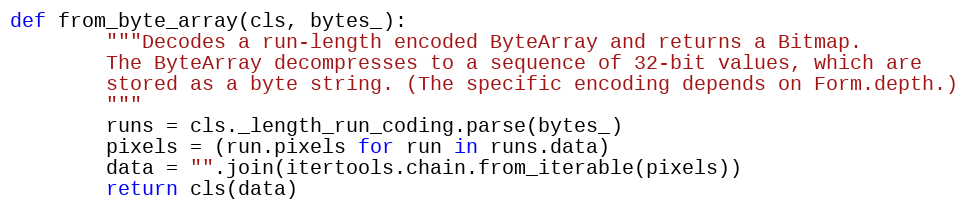
Language: Python
def from_byte_array(cls, bytes_):
        """Decodes a run-length encoded ByteArray and returns a Bitmap.
        The ByteArray decompresses to a sequence of 32-bit values, which are
        stored as a byte string. (The specific encoding depends on Form.depth.)
        """
        runs = cls._length_run_coding.parse(bytes_)
        pixels = (run.pixels for run in runs.data)
        data = "".join(itertools.chain.from_iterable(pixels))
        return cls(data)